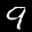
Label: 9